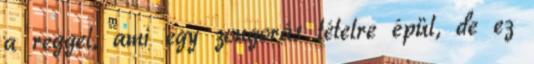
a reggel, ami egy zongorás tételre épül, de ez